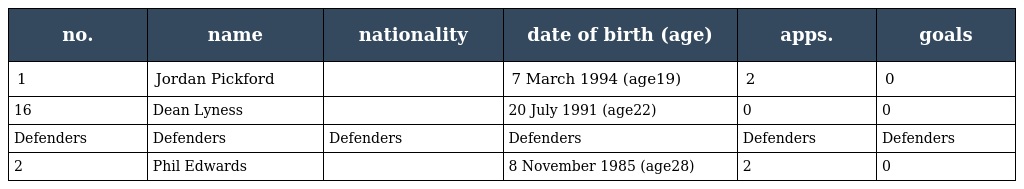
| no. | name | nationality | date of birth (age) | apps. | goals |
 | --- | --- | --- | --- | --- | --- |
 | 1 | Jordan Pickford |  | 7 March 1994 (age19) | 2 | 0 |
 | 16 | Dean Lyness |  | 20 July 1991 (age22) | 0 | 0 |
 | Defenders | Defenders | Defenders | Defenders | Defenders | Defenders |
 | 2 | Phil Edwards |  | 8 November 1985 (age28) | 2 | 0 |